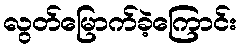
လွတ်မြောက်ခဲ့ကြောင်း